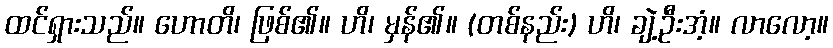
ထင်ရှားသည်။ ဟောတိ၊ ဖြစ်၏။ ဟိ၊ မှန်၏။ (တစ်နည်း) ဟိ၊ ချဲ့ဦးအံ့။ လာလော့။